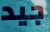
جيد